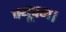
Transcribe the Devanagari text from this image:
क्यूपम।